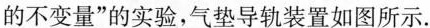
的不变量”的实验，气垫导轨装置如图所示。